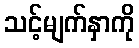
သင့်မျက်နှာကို